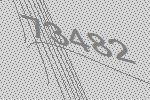
73482